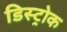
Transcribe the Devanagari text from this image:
डिस्ट्रोक